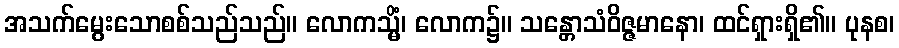
အသက်မွေးသောစစ်သည်သည်။ လောကသ္မိံ၊ လောက၌။ သန္တောသံဝိဇ္ဇမာနော၊ ထင်ရှားရှိ၏။ ပုနစ၊